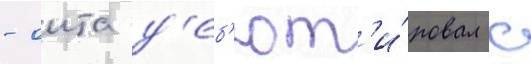
- оита д'еб'ют'и́ровал с